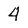
Character: 4